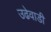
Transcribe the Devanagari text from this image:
उढेवाडी